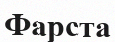
Фарста